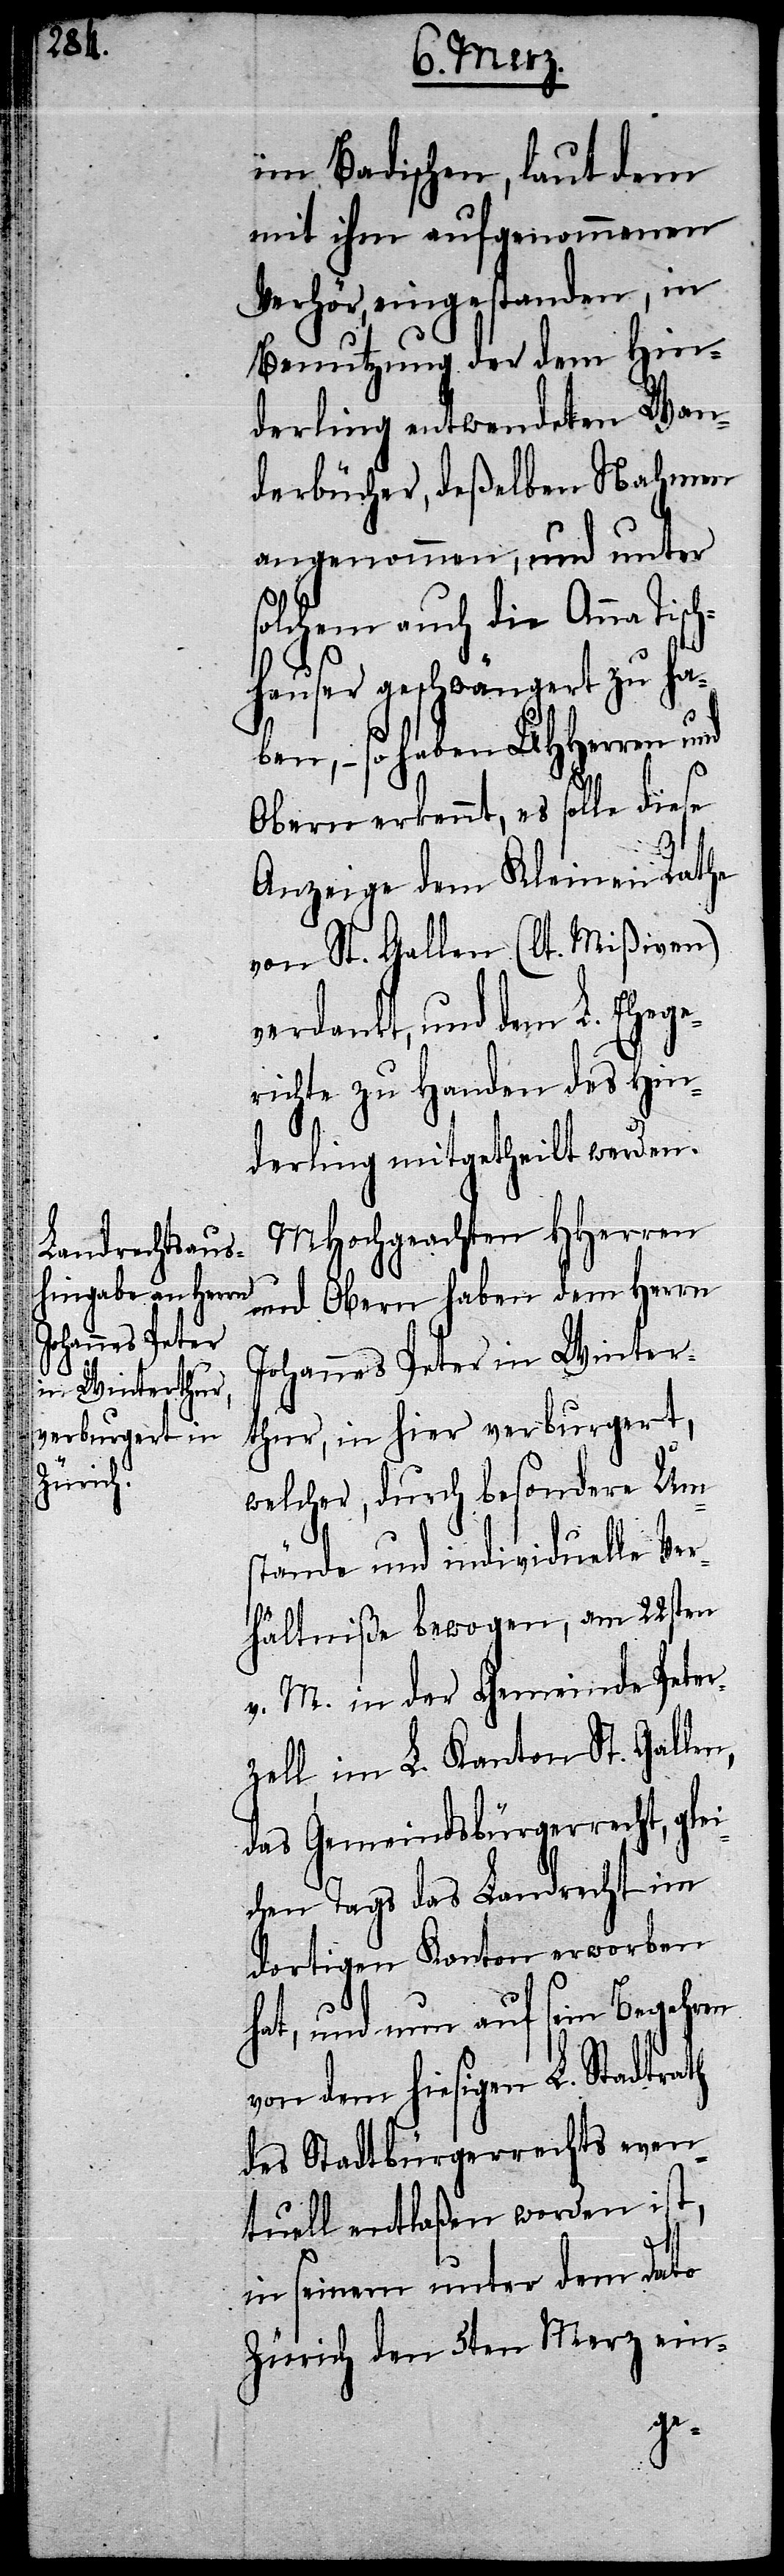
ch¬

im Badischen, laut dem
mit ihm aufgenommenen
Verhör, eingestanden, in
Benutzung der dem Hin¬
derling entwendeten Wan¬
derbücher, deßelben Nahmen
angenommen, und unter
lchem auch die Anna Tis¬
hauser geschwängert zu ha¬
ben, – so haben UHHerren und
Obern erkennt, es solle diese
Anzeige dem Kleinen Rathe
von St. Gallen (lt. Mißiven)
verdankt, und dem L. Ehege¬
richte zu Handen des Hin¬
derling mitgetheilt werden.
MHochgeachten HHerren
und Obern haben dem Herrn
Johannes Peter in Winter¬
thur, in hier verburgert,
welcher, durch besondere Ums¬
tände und individuelle Ver¬
hältniße bewogen, am 22sten
v. M. in der Gemeinde Pete¬
rzell im L. Kanton St. Gallen,
das Gemeindsbürgerrecht, gle¬
ichen Tags das Landrecht im
dortigen Kanton erworben
hat, und nun auf sein Begehren
von dem hiesigen L. Stadtrath
des Stadtbürgerrechts even¬
tuell entlaßen worden ist,
in seinem unter dem Dato
Zürich den 5ten Merz ein-